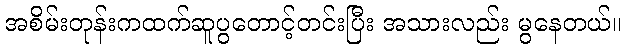
အစိမ်းတုန်းကထက်ဆူပွတောင့်တင်းပြီး အသားလည်း မွနေတယ်။